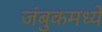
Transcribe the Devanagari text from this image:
जंबुकमध्ये